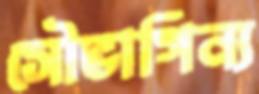
সৌভাগিন্য